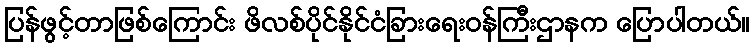
ပြန်ဖွင့်တာဖြစ်ကြောင်း ဖိလစ်ပိုင်နိုင်ငံခြားရေးဝန်ကြီးဌာနက ပြောပါတယ်။